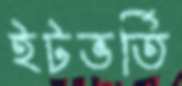
ইটভর্তি